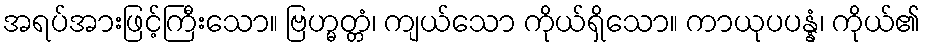
အရပ်အားဖြင့်ကြီးသော။ ဗြဟ္မတ္တံ၊ ကျယ်သော ကိုယ်ရှိသော။ ကာယုပပန္နံ၊ ကိုယ်၏